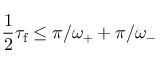
\frac { 1 } { 2 } \tau _ { \mathrm { f } } \leq \pi / \omega _ { + } + \pi / \omega _ { - }